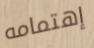
إهتمامه